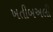
ખતીબઅલી